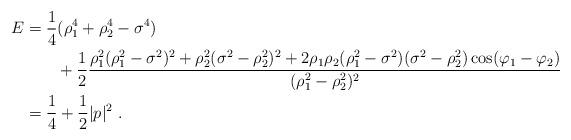
LaTeX: \begin{align*}E&=\frac14(\rho_1^4+\rho_2^4-\sigma^4)\\&\qquad+\frac12\frac{\rho_1^2(\rho_1^2-\sigma^2)^2+\rho_2^2(\sigma^2-\rho_2^2)^2+2\rho_1\rho_2(\rho_1^2-\sigma^2)(\sigma^2-\rho_2^2)\cos(\varphi_1-\varphi_2)}{(\rho_1^2-\rho_2^2)^2}\\&=\frac14+\frac12|p|^2\ .\end{align*}